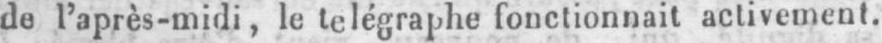
de l’après-midi, le telégraphe fonctionnait activement.